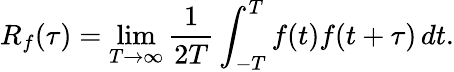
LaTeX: R_{f}(\tau)=\operatorname*{lim}_{T\rightarrow\infty}{\frac{1}{2T}}\int_{-T}^{T}f(t)f(t+\tau)\, dt.